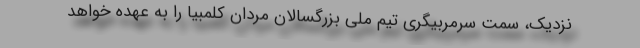
نزدیک، سمت سرمربیگری تیم ملی بزرگسالان مردان کلمبیا را به عهده خواهد